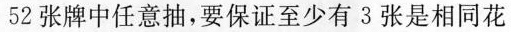
52 张牌中任意抽，要保证至少有 3 张是相同花